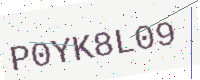
Text: P0YK8L09